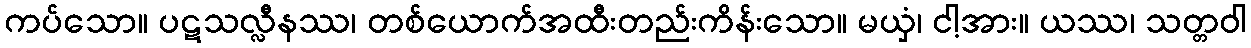
ကပ်သော။ ပဋသလ္လီနဿ၊ တစ်ယောက်အထီးတည်းကိန်းသော။ မယှံ၊ ငါ့အား။ ယဿ၊ သတ္တဝါ